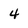
Character: 4